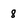
Character: 8